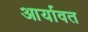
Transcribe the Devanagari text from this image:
आर्यावत